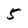
Character: 5